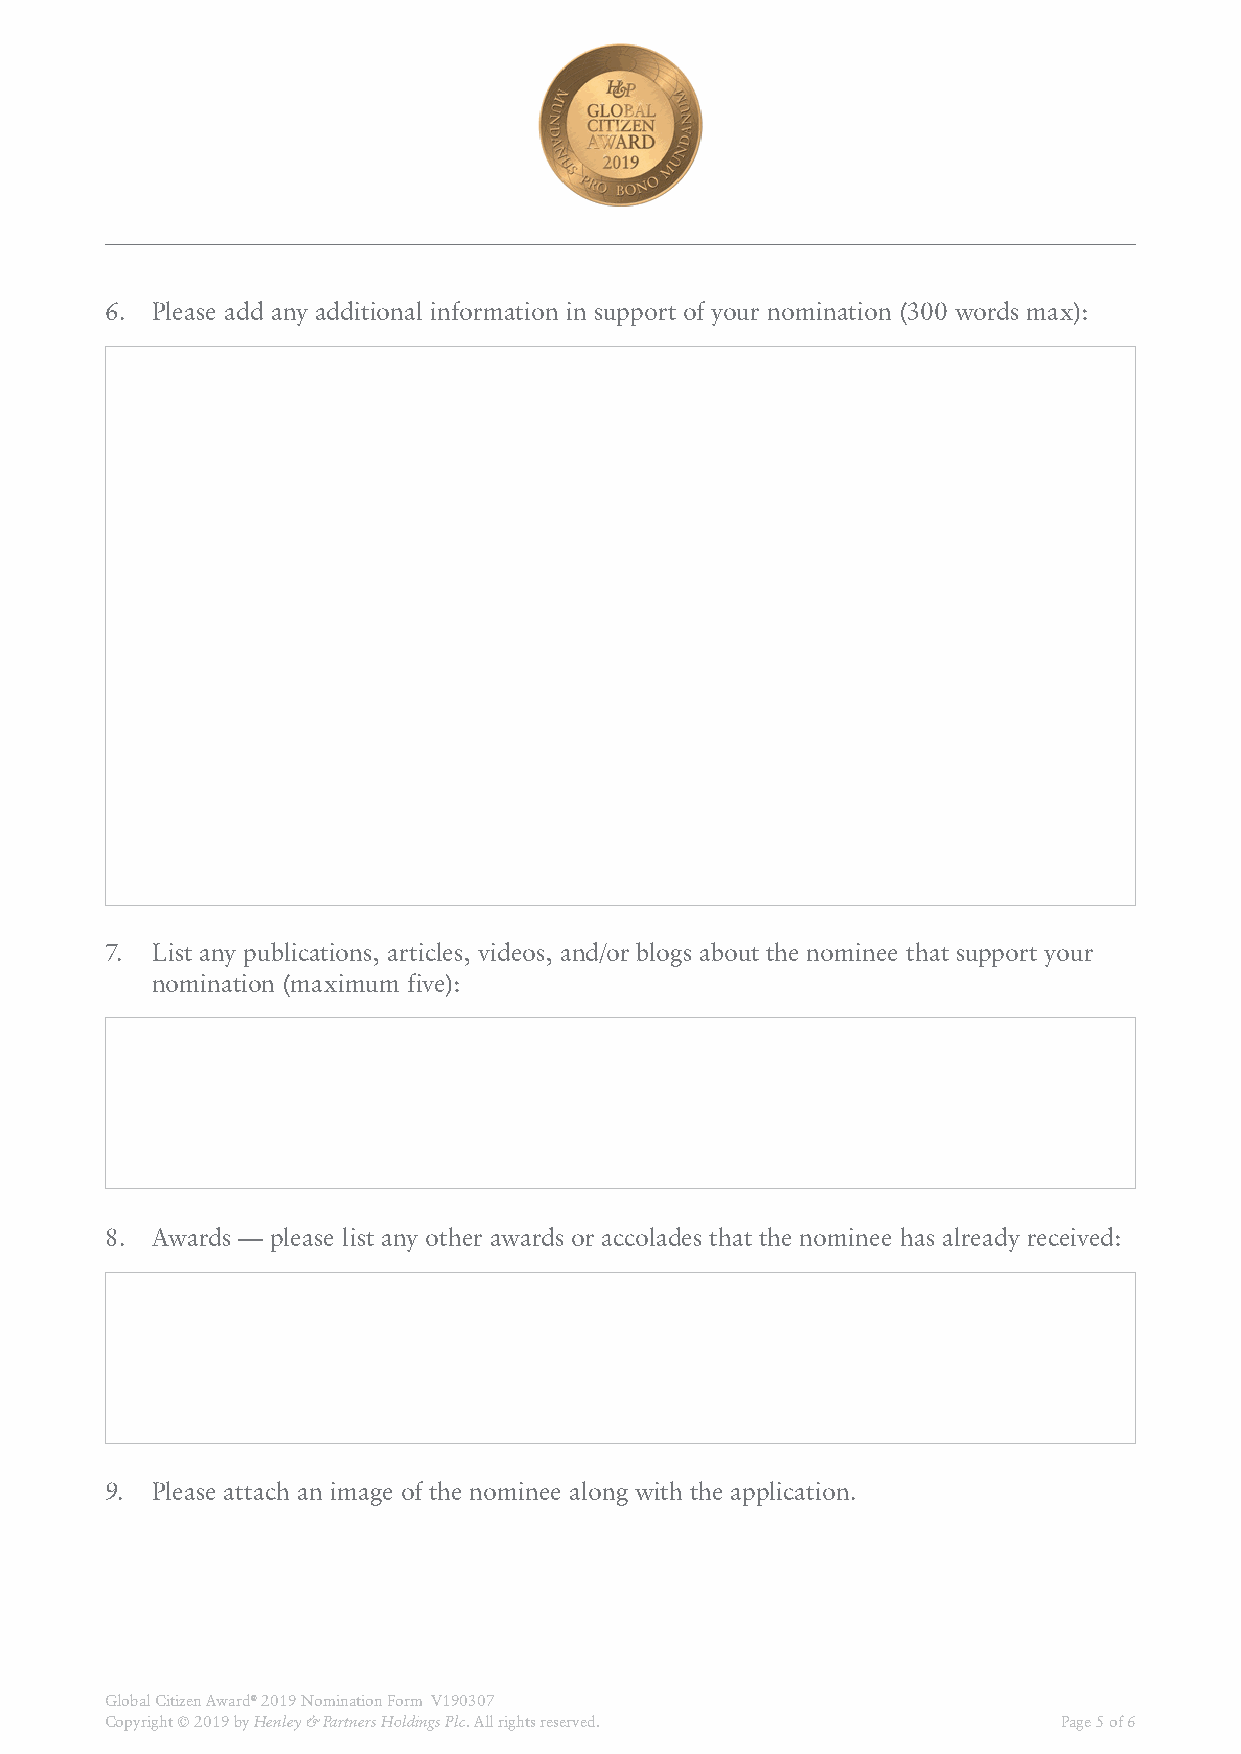
6. Please add any additional information in support of your nomination (300 words max):
 7. List any publications, articles, videos, and/or blogs about the nominee that support your
 nomination (maximum five):
 8. Awards — please list any other awards or accolades that the nominee has already received:
 9. Please attach an image of the nominee along with the application.
 Global Citizen Award® 2019 Nomination Form V190307
 Copyright © 2019 by Henley & Partners Holdings Plc. All rights reserved. Page 5 of 6